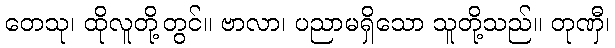
တေသု၊ ထိုလူတို့တွင်။ ဗာလာ၊ ပညာမရှိသော သူတို့သည်။ တုဏှီ၊